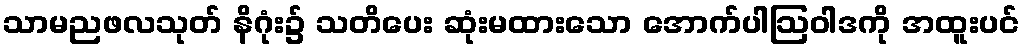
သာမညဖလသုတ် နိဂုံး၌ သတိပေး ဆုံးမထားသော အောက်ပါဩဝါဒကို အထူးပင်